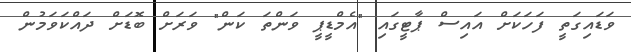
ވަޑައިގަތީ ފަހަކަށް އައިސް ޕާޓީގައި "އެމްޑީޕީ ވަންތަ ކަން" ވަރަށް ބޮޑަށް ދައްކަވަމުން